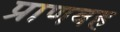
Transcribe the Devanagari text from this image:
प्राणवह